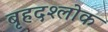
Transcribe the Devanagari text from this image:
बृहदश्लोक